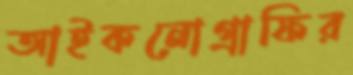
আইকনোগ্রাফির